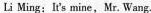
Li Ming: It's mine,Mr. Wang.